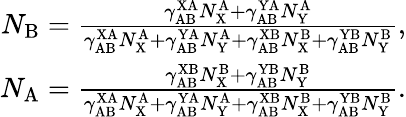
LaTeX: \begin{array}{r}{N_{\mathrm{B}}=\frac{\gamma_{\mathrm{AB}}^{\mathrm{XA}}N_{\mathrm{X}}^{\mathrm{A}}+\gamma_{\mathrm{AB}}^{\mathrm{YA}}N_{\mathrm{Y}}^{\mathrm{A}}}{\gamma_{\mathrm{AB}}^{\mathrm{XA}}N_{\mathrm{X}}^{\mathrm{A}}+\gamma_{\mathrm{AB}}^{\mathrm{YA}}N_{\mathrm{Y}}^{\mathrm{A}}+\gamma_{\mathrm{AB}}^{\mathrm{XB}}N_{\mathrm{X}}^{\mathrm{B}}+\gamma_{\mathrm{AB}}^{\mathrm{YB}}N_{\mathrm{Y}}^{\mathrm{B}}},}\\ {N_{\mathrm{A}}=\frac{\gamma_{\mathrm{AB}}^{\mathrm{XB}}N_{\mathrm{X}}^{\mathrm{B}}+\gamma_{\mathrm{AB}}^{\mathrm{YB}}N_{\mathrm{Y}}^{\mathrm{B}}}{\gamma_{\mathrm{AB}}^{\mathrm{XA}}N_{\mathrm{X}}^{\mathrm{A}}+\gamma_{\mathrm{AB}}^{\mathrm{YA}}N_{\mathrm{Y}}^{\mathrm{A}}+\gamma_{\mathrm{AB}}^{\mathrm{XB}}N_{\mathrm{X}}^{\mathrm{B}}+\gamma_{\mathrm{AB}}^{\mathrm{YB}}N_{\mathrm{Y}}^{\mathrm{B}}}.}\end{array}